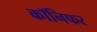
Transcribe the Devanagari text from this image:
कॉनिफर